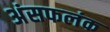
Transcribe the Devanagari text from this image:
अंसफलंक